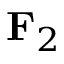
{ \bf { F } } _ { 2 }